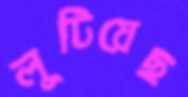
লুটিয়েছ